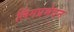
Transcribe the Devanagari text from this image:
लिंगप्रभेदन